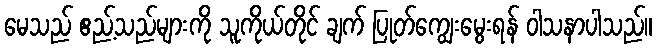
မေသည် ဧည့်သည်များကို သူကိုယ်တိုင် ချက် ပြုတ်ကျွေးမွေးရန် ဝါသနာပါသည်။